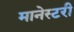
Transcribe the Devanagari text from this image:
मानेस्टरी